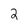
Character: 2